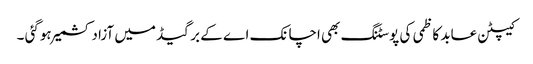
کیپٹن عابد کاظمی کی پوسٹنگ بھی اچانک اے کے برگیڈ میں آزاد کشمیر ہوگئی ۔